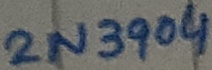
Text: 2N3904